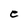
Character: e